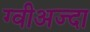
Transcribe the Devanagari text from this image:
ग्वीअज्दा